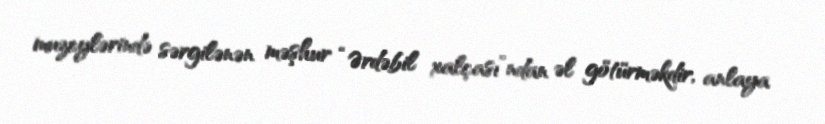
muzeylərində sərgilənən məşhur “Ərdəbil xalçası”ndan əl götürməkdir, anlaya